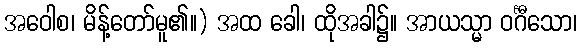
အဝေါစ၊ မိန့်တော်မူ၏။) အထ ခေါ၊ ထိုအခါ၌။ အာယသ္မာ ဝင်္ဂီသော၊